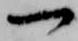
一